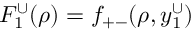
F _ { 1 } ^ { \cup } ( \rho ) = f _ { + - } ( \rho , y _ { 1 } ^ { \cup } )